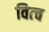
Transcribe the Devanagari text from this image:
वित्च